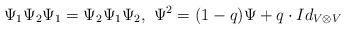
LaTeX: \begin{align*}\Psi_1\Psi_2\Psi_1=\Psi_2\Psi_1\Psi_2,~\Psi^2=(1-q)\Psi+q\cdot Id_{V\otimes V}\end{align*}